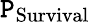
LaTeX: \mathtt{P}_{\mathrm{{Survival}}}